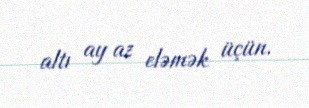
altı ay az eləmək üçün.